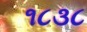
૧૮૩૮